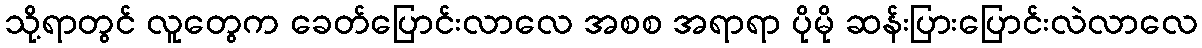
သို့ရာတွင် လူတွေက ခေတ်ပြောင်းလာလေ အစစ အရာရာ ပိုမို ဆန်းပြားပြောင်းလဲလာလေ